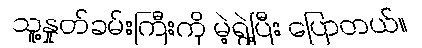
သူ့နှုတ်ခမ်းကြီးကို မဲ့ရွဲ့ပြီး ပြောတယ်။